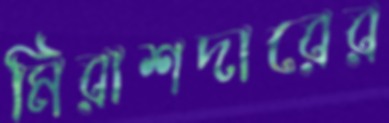
মিরাশদারের